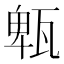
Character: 㼰